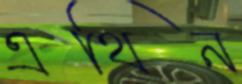
এথিন